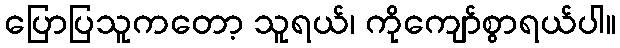
ပြောပြသူကတော့ သူရယ်၊ ကိုကျော်စွာရယ်ပါ။